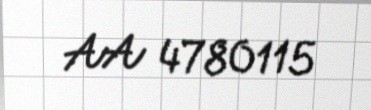
AA 4780115